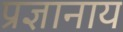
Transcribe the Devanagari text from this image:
प्रज्ञानाय